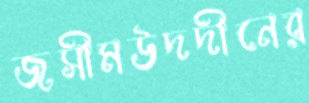
জসীমউদদীনের